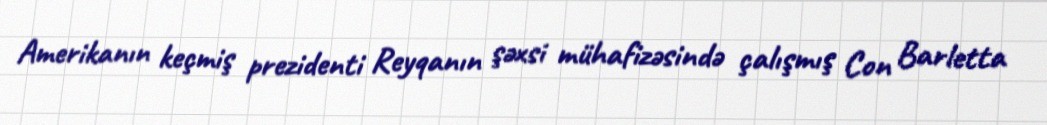
Amerikanın keçmiş prezidenti Reyqanın şəxsi mühafizəsində çalışmış Con Barletta